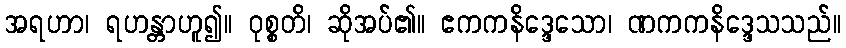
အရဟာ၊ ရဟန္တာဟူ၍။ ဝုစ္စတိ၊ ဆိုအပ်၏။ ဧကကနိဒ္ဒေသော၊ ဏကကနိဒ္ဒေသသည်။